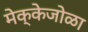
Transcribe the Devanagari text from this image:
मेक्केजोळा